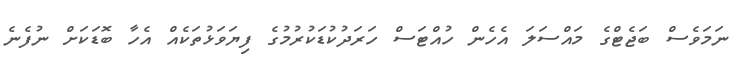
ނަމަވެސް ބަޖެޓްގެ މައްސަލަ އެހެން ހުއްޓަސް ހަރަދުކުޑަކުރުމުގެ ފިޔަވަޅުތަކެއް އެހާ ބޮޑަކަށް ނުފެނެ